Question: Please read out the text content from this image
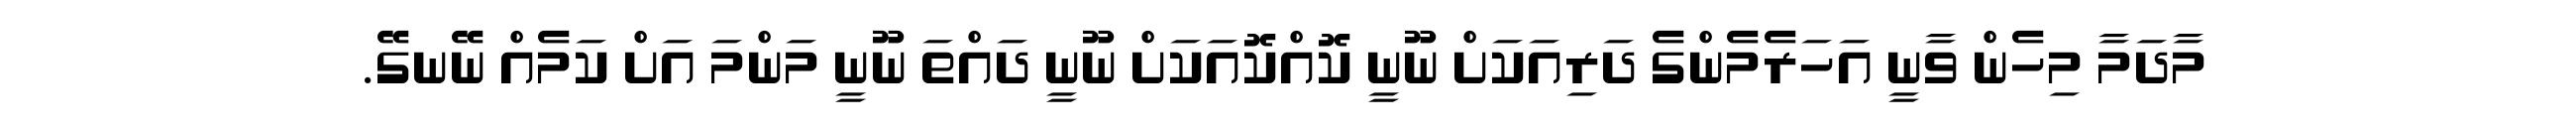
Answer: މާދަމާ މިހެން ވާނީ އަހަރެމެންގެ ދަރިއަކަށް ނޫނީ ކޮއްކޮއަކަށް ނޫނީ ދައްތަ ނޫނީ މަންމަ އަށް ކަމެއް ނޭނގޭ.